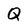
Character: Q